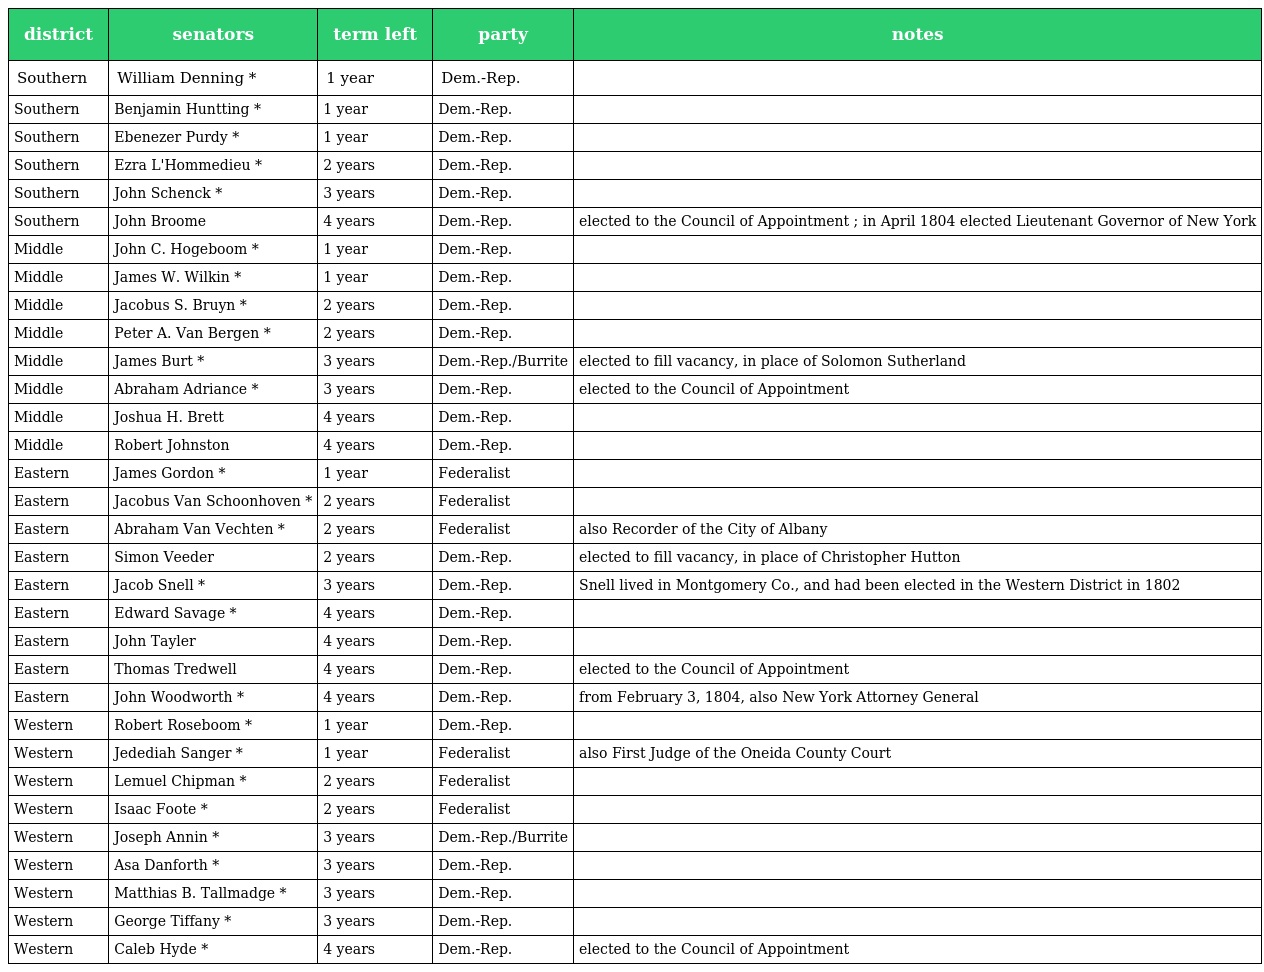
| district | senators | term left | party | notes |
 | --- | --- | --- | --- | --- |
 | Southern | William Denning * | 1 year | Dem.-Rep. |  |
 | Southern | Benjamin Huntting * | 1 year | Dem.-Rep. |  |
 | Southern | Ebenezer Purdy * | 1 year | Dem.-Rep. |  |
 | Southern | Ezra L'Hommedieu * | 2 years | Dem.-Rep. |  |
 | Southern | John Schenck * | 3 years | Dem.-Rep. |  |
 | Southern | John Broome | 4 years | Dem.-Rep. | elected to the Council of Appointment ; in April 1804 elected Lieutenant Governor of New York |
 | Middle | John C. Hogeboom * | 1 year | Dem.-Rep. |  |
 | Middle | James W. Wilkin * | 1 year | Dem.-Rep. |  |
 | Middle | Jacobus S. Bruyn * | 2 years | Dem.-Rep. |  |
 | Middle | Peter A. Van Bergen * | 2 years | Dem.-Rep. |  |
 | Middle | James Burt * | 3 years | Dem.-Rep./Burrite | elected to fill vacancy, in place of Solomon Sutherland |
 | Middle | Abraham Adriance * | 3 years | Dem.-Rep. | elected to the Council of Appointment |
 | Middle | Joshua H. Brett | 4 years | Dem.-Rep. |  |
 | Middle | Robert Johnston | 4 years | Dem.-Rep. |  |
 | Eastern | James Gordon * | 1 year | Federalist |  |
 | Eastern | Jacobus Van Schoonhoven * | 2 years | Federalist |  |
 | Eastern | Abraham Van Vechten * | 2 years | Federalist | also Recorder of the City of Albany |
 | Eastern | Simon Veeder | 2 years | Dem.-Rep. | elected to fill vacancy, in place of Christopher Hutton |
 | Eastern | Jacob Snell * | 3 years | Dem.-Rep. | Snell lived in Montgomery Co., and had been elected in the Western District in 1802 |
 | Eastern | Edward Savage * | 4 years | Dem.-Rep. |  |
 | Eastern | John Tayler | 4 years | Dem.-Rep. |  |
 | Eastern | Thomas Tredwell | 4 years | Dem.-Rep. | elected to the Council of Appointment |
 | Eastern | John Woodworth * | 4 years | Dem.-Rep. | from February 3, 1804, also New York Attorney General |
 | Western | Robert Roseboom * | 1 year | Dem.-Rep. |  |
 | Western | Jedediah Sanger * | 1 year | Federalist | also First Judge of the Oneida County Court |
 | Western | Lemuel Chipman * | 2 years | Federalist |  |
 | Western | Isaac Foote * | 2 years | Federalist |  |
 | Western | Joseph Annin * | 3 years | Dem.-Rep./Burrite |  |
 | Western | Asa Danforth * | 3 years | Dem.-Rep. |  |
 | Western | Matthias B. Tallmadge * | 3 years | Dem.-Rep. |  |
 | Western | George Tiffany * | 3 years | Dem.-Rep. |  |
 | Western | Caleb Hyde * | 4 years | Dem.-Rep. | elected to the Council of Appointment |